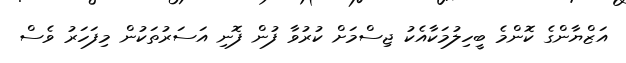
އަޒްޔާންގެ ކޮންމެ ބީހިލުމަކާއެކު ޖިސްމަށް ކުރުވާ ފުން ފޮނި އަސަރުތަކުން މިފަހަރު ވެސް